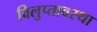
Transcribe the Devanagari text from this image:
विलुप्‍तावस्‍था